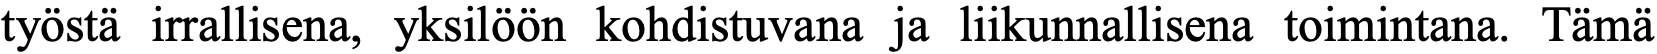
työstä irrallisena, yksilöön kohdistuvana ja liikunnallisena toimintana. Tämä